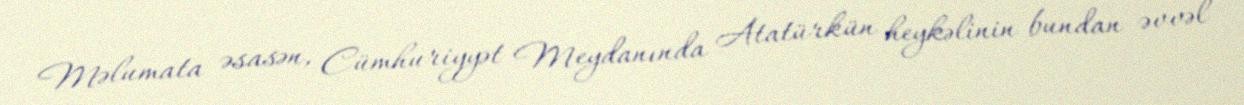
Məlumata əsasən, Cümhuriyyət Meydanında Atatürkün heykəlinin bundan əvvəl